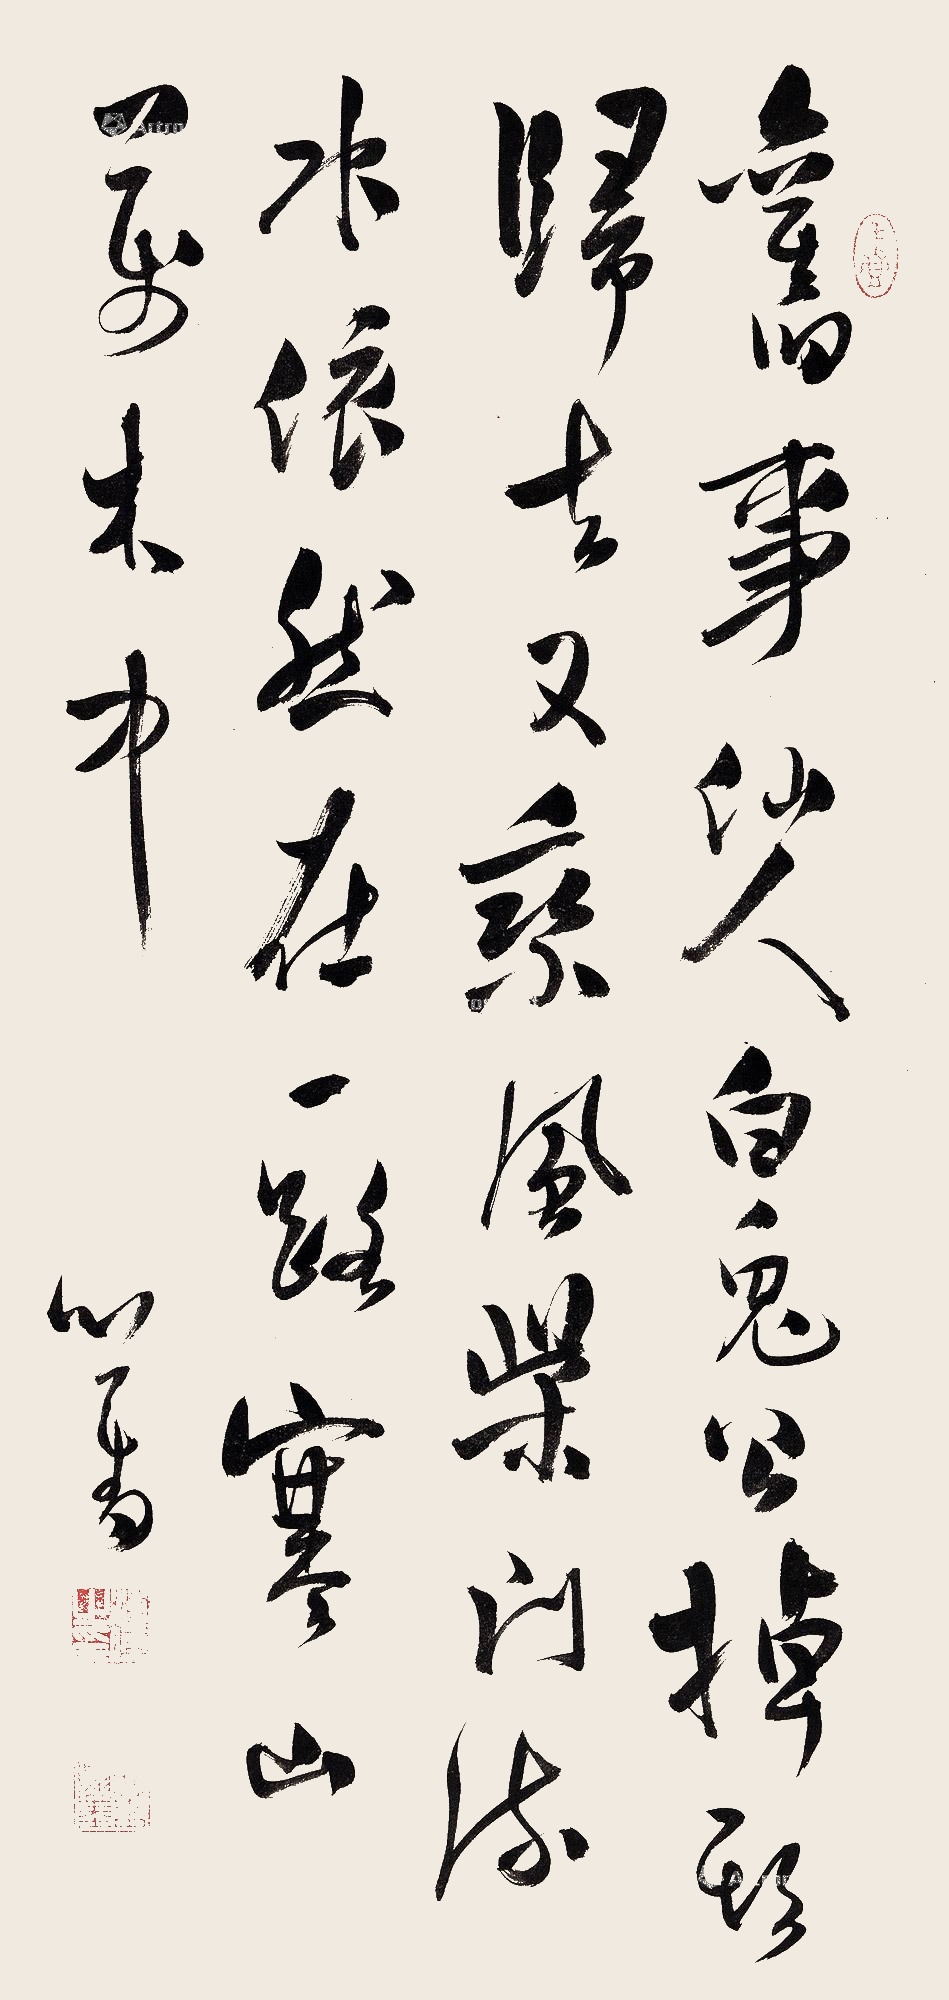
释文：旧事仙人白兔公，掉头归去又乘风。柴门流水依然在，一路寒山万木中。心畬。